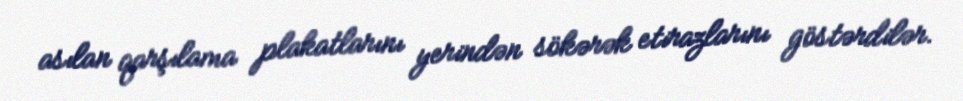
asılan qarşılama plakatlarını yerindən sökərək etirazlarını göstərdilər.